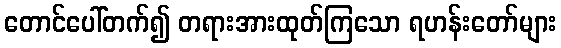
တောင်ပေါ်တက်၍ တရားအားထုတ်ကြသော ရဟန်းတော်များ